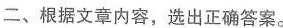
二、根据文章内容，选出正确答案。